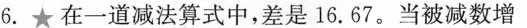
6.★在一道减法算式中，差是16.67。当被减数增